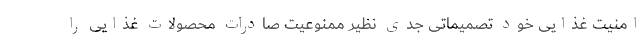
امنیت غذایی خود تصمیماتی جدی نظیر ممنوعیت صادرات محصولات غذایی را